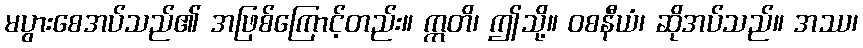
မပွားစေအပ်သည်၏ အဖြစ်ကြောင့်တည်း။ ဣတိ၊ ဤသို့။ ဝစနီယံ၊ ဆိုအပ်သည်။ အဿ၊